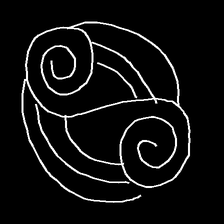
Glyph: wind-underfoot